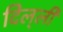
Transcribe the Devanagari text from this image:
दिल्‌ली